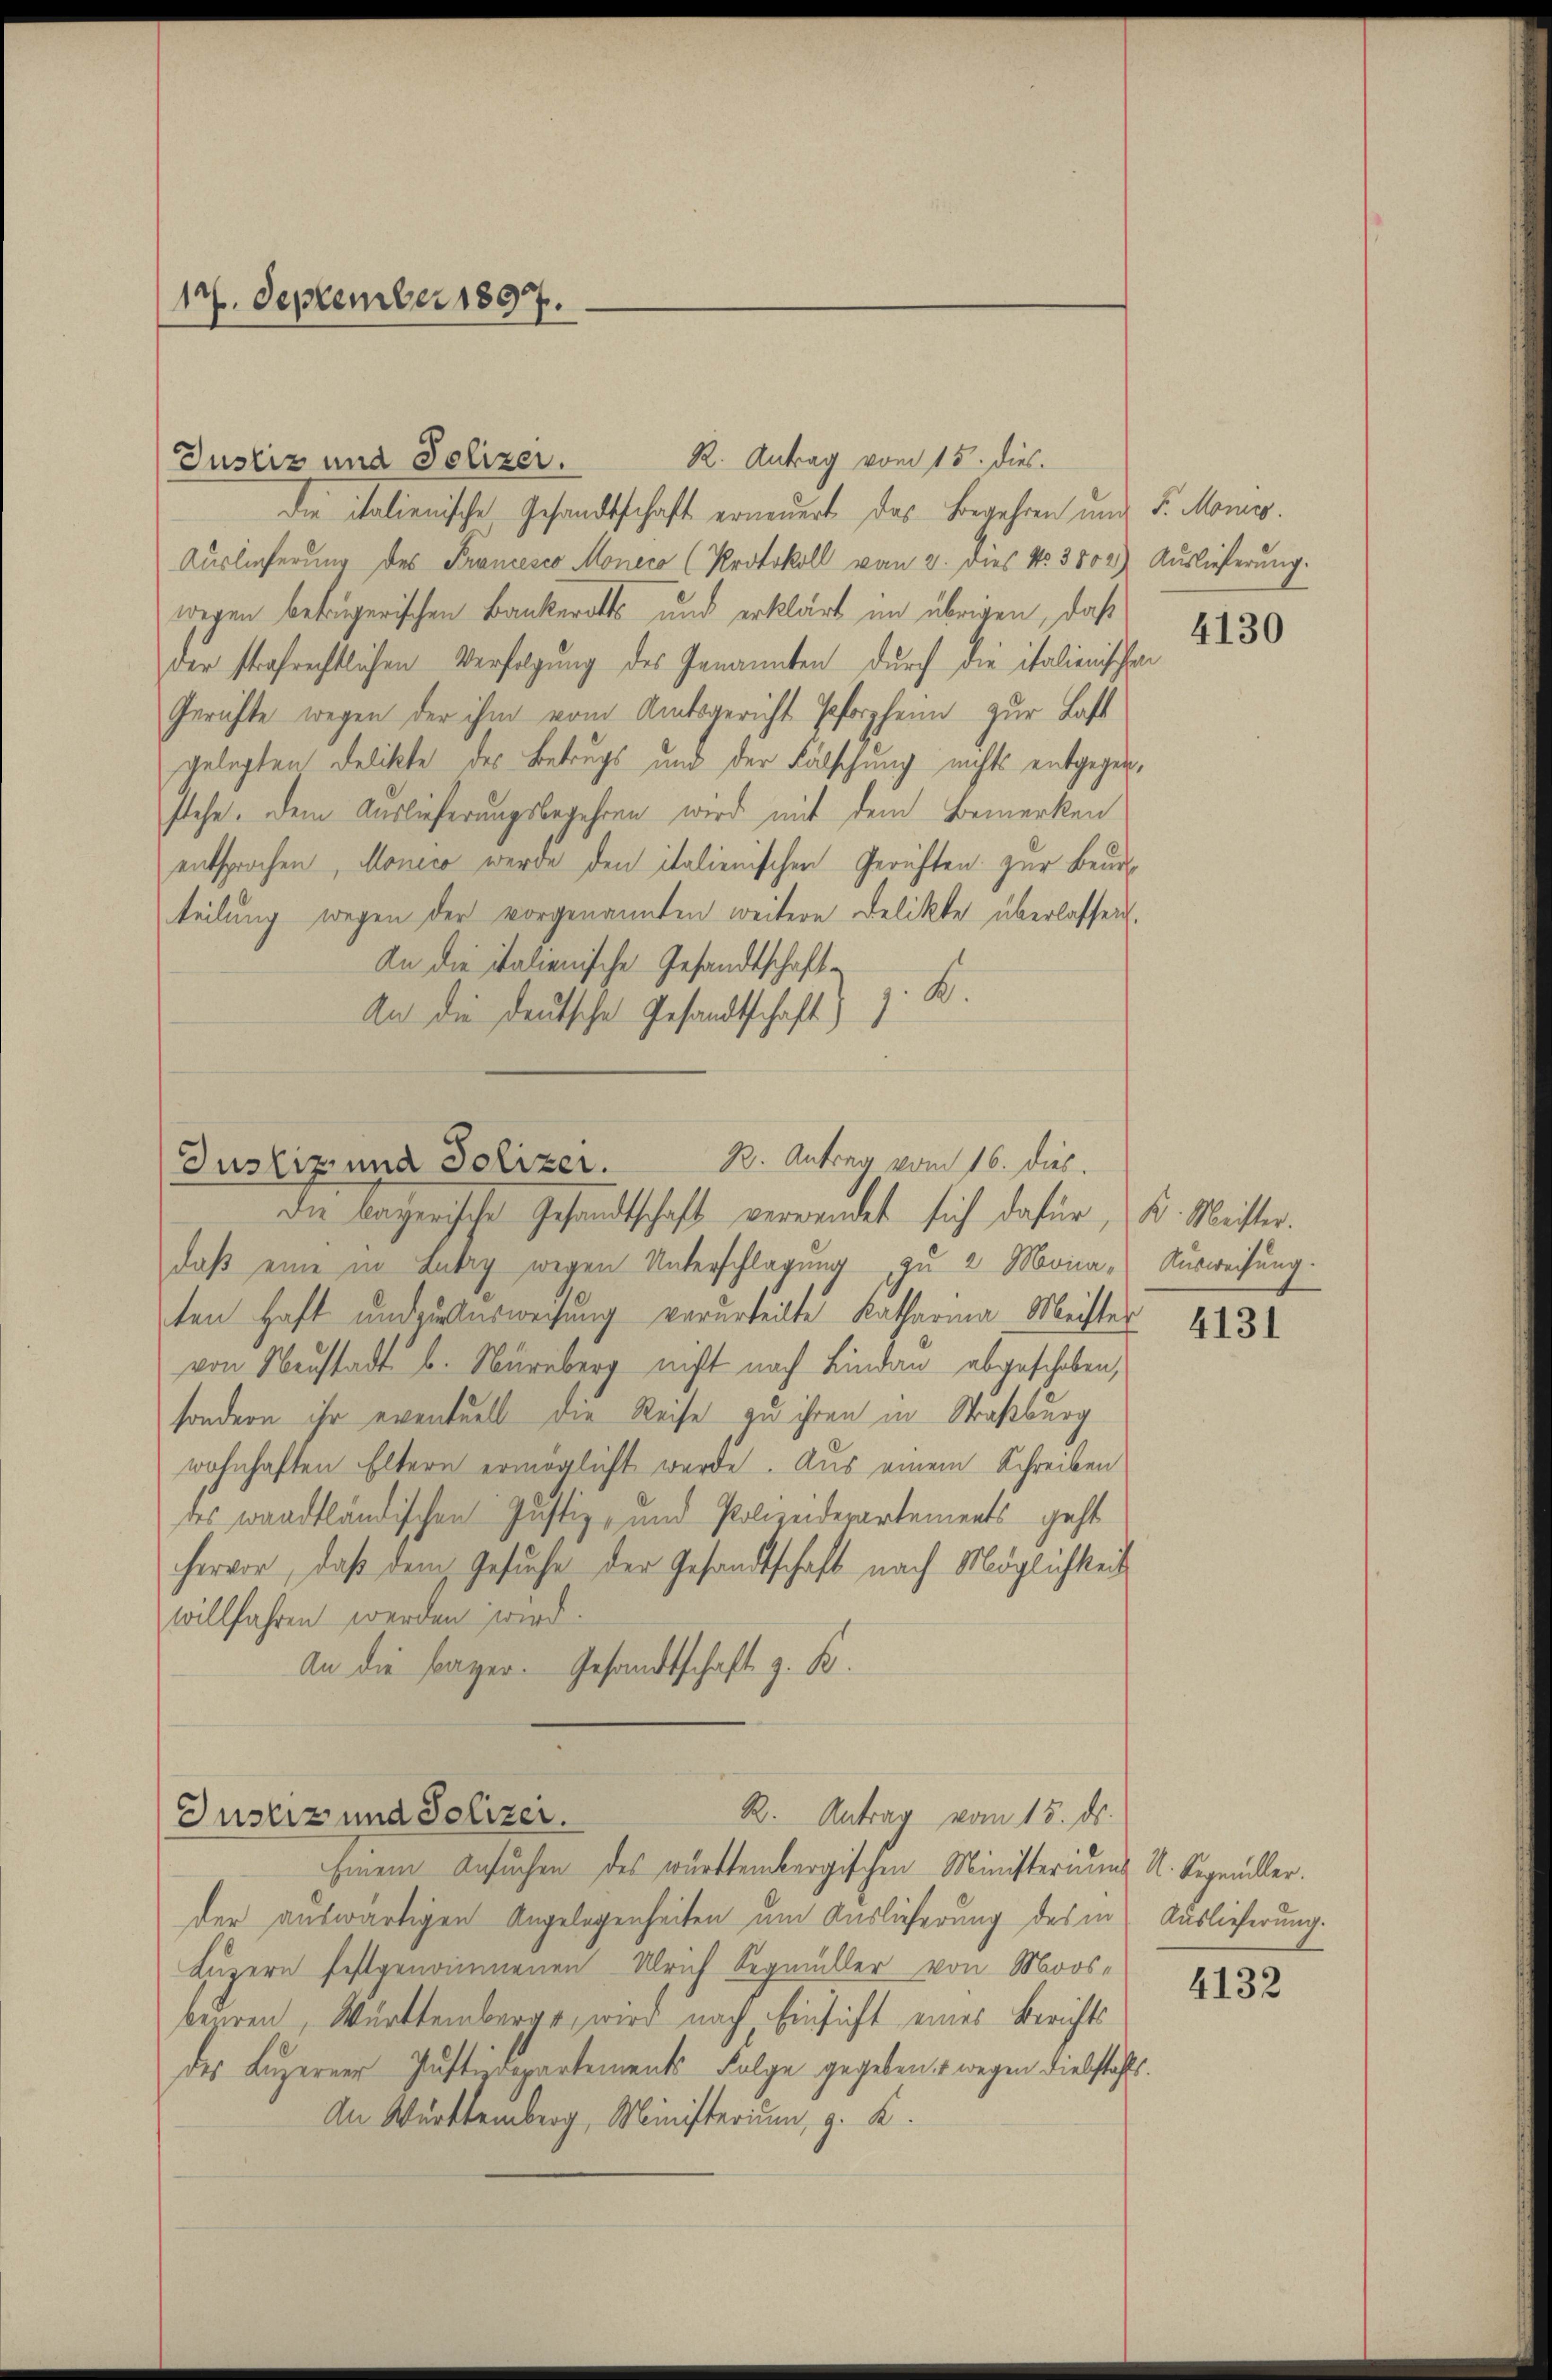
17. September 1897.

Die italienische Gesandtschaft erneuert, das Begehren und F. Mons.
Auslieferung des Francesco Moneco (Protokoll vom 2. dies No 3802) Auslieferung.
wegen betrügerischen Bankerotts und erklärt im übrigen, daß
der strafrechtlichen Verfolgung des Genannten durch die italienischen
Gerichte wegen der ihm vom Amtsgericht Pforzheim zur Last
gelegten Delikte des Betrugs und der Fälschung nichts entgegen,
stehe. Dem Auslieferungsbegehren wird mit dem Bemerken
entsprochen, Monico werde den italienischen Gerichten zur Beur
teilung wegen der vorgenannten weitere Delikte überlassen.
An die italienische Gesandtschaft
An die deutsche Gesandtschaft z. B.

Justiz und Polizer. R. Antrag vom 15. dies

B. Antrag vom 16. dies.
Justiz und Polizei.
die bayerische Gesandtschaft verwandet sich dafür,

R. Antrag vom 15. ds.
Justiz und Polizei.

daβ eine in Lebrig wegen Unterschlagung zu 2 Mona- Aŭsweisung.
ten Haft und zu erweisung verurteilte Katharina Meister
von Neustadt b. Nürnberg nicht nach Lindau abgeschoben,
sondern ihr eventuell die Reise zu ihren in Straßburg
wohnhaften Eltern ermöglicht werde. Aus einem Schreiben
des waadtländischen Justiz- und Polizeiderartements geht
hervor, daß dem Gesuche der Gesandtschaft nach Möglichkeit
willfahren werden wird.
An die Bayer. Gesandtschaft z. B.

Einem Ansuchen des württembergischen Ministerium R. Regenderder auswärtigen Angelegenheiten um Auslieferung des in Auslieferung.
Luzern festgenommenen Ulrich Segmüller von Moosbeuren, Württemberge, wird nach Einsicht eines Berichts
des Luzerner Justizdepartements Folge gegeben, wegen diebstahls
An Württemberg, Ministerium, g. K.

4130

B. Meister.

4131

4132